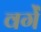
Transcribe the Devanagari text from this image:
वर्गें